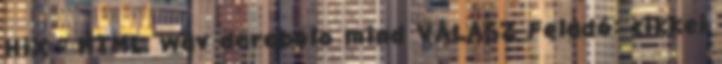
HiX - HTML, wav darabolo mind VÁLASZ Feladó: cikkei